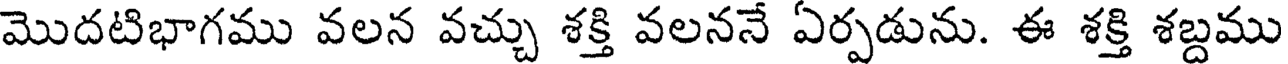
మొదటిభాగము వలన వచ్చు శక్తి వలననే ఏర్పడును. ఈ శక్తి శబ్దము